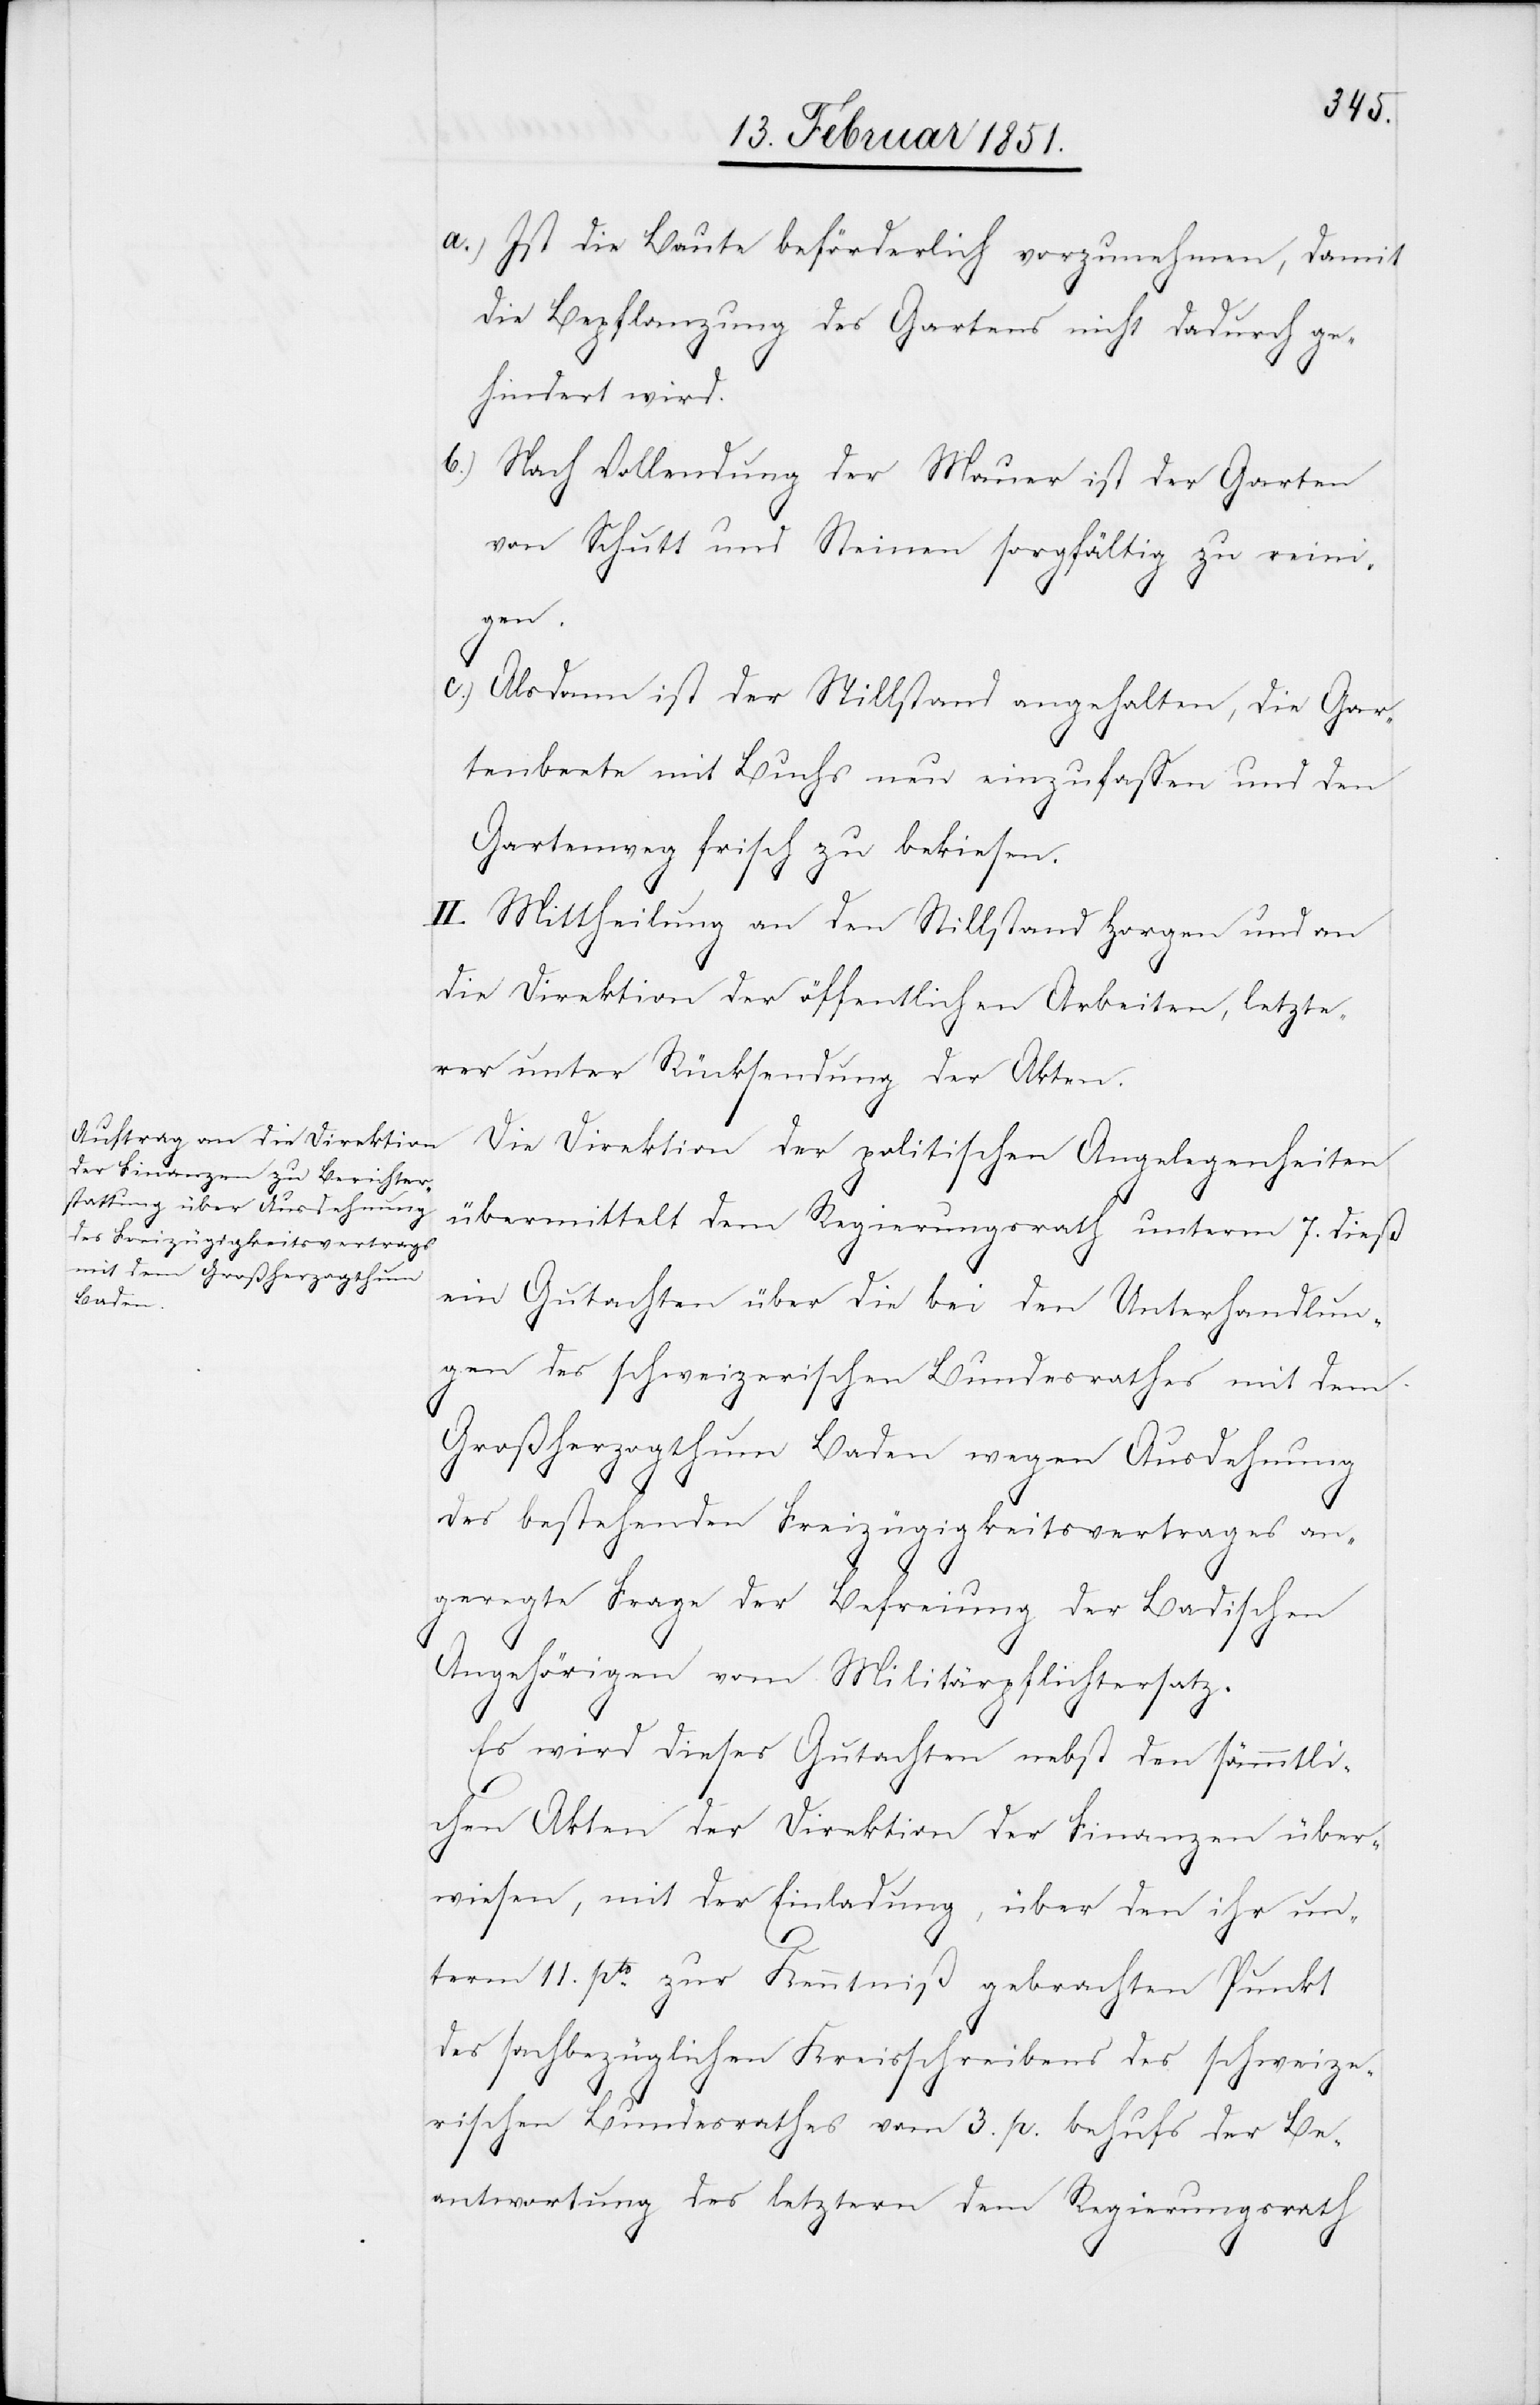
Ist die Baute beförderlich vorzunehmen, damit
die Bepflanzung des Gartens nicht dadurch ge¬
hindert wird.
Nach Vollendung der Mauer ist der Garten
von Schutt und Steinen sorgfältig zu reini¬
gen.
Alsdann ist der Stillstand angehalten, die Gar¬
tenbeete mit Buchs neu einzufassen und den
Gartenweg frisch zu bekiesen.
II. Mittheilung an den Stillstand Horgen und an
die Direktion der öffentlichen Arbeiten, letzte¬
rer unter Rücksendung der Akten.
Die Direktion der politischen Angelegenheiten
übermittelt dem Regierungsrath unterm 7. dieß
ein Gutachten über die bei den Unterhandlun¬
gen des schweizerischen Bundesrathes mit dem
Großherzogthum Baden wegen Ausdehnung
a.)
des bestehenden Freizügigkeitsvertrages an¬
geregte Frage der Befreiung der Badischen
Angehörigen vom Militärpflichtersatz.
Es wird dieses Gutachten nebst den sämmtli¬
chen Akten der Direktion der Finanzen über¬
wiesen, mit der Einladung, über den ihr un¬
term 11. pto. zur Kenntniß gebrachten Punkt
des sachbezüglichen Kreisschreibens des schweize¬
rischen Bundesrathes vom 3. p. behufs der Be¬
antwortung des letztern dem Regierungsrath